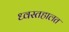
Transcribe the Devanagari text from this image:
ध्वस्तहालत